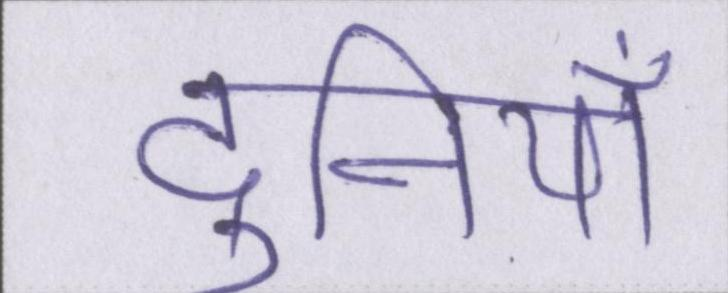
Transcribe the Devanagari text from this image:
दुनियाँ